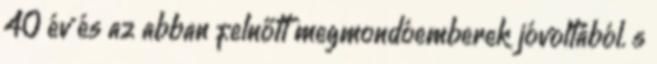
40 év és az abban felnőtt megmondóemberek jóvoltából. s